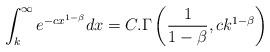
LaTeX: \begin{align*}\int_{k}^{\infty}e^{-cx^{1-\beta}}dx= C.\Gamma\left(\frac{1}{1-\beta},{ck^{1-\beta}}\right)\end{align*}